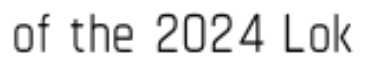
of the 2024 Lok